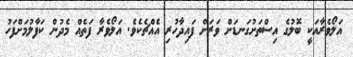
އަލޯވެރާއަކީ ބޮލުގެ އިސްތަށުގަނޑަށް ވަރަށް ފައިދާހުރި އެއްޗެކެވެ. އަލޯވެރާ ފަތެއް މެދުން ކަފާލުމަށްފަހު